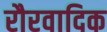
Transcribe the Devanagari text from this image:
रौरवादिक